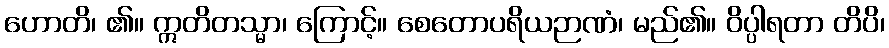
ဟောတိ၊ ၏။ ဣတိတသ္မာ၊ ကြောင့်။ စေတောပရိယဉာဏံ၊ မည်၏။ ဝိပ္ပါရတာ တိပိ၊